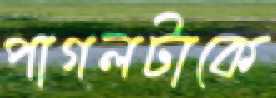
পাগলটাকে